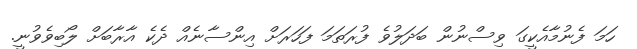
ހަމަ ފެނުމާއެކީގަ ވިސްނުން ބަދަލުވެ ފުރަތަމަ ފަހަރަށް އިންސާނެއް ދެކެ އާރާބަށް ލޯބިވެވުނީ.